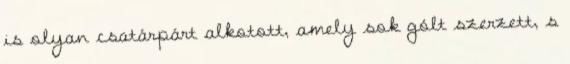
is olyan csatárpárt alkotott, amely sok gólt szerzett, s